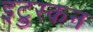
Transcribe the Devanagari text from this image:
इट्रुस्कन